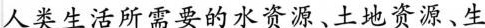
人类生活所需要的水资源、土地资源﹑生